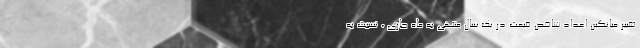
تغییر میانگین اعداد شاخص قیمت در یک سال منتهی به ماه جاری ، نسبت به